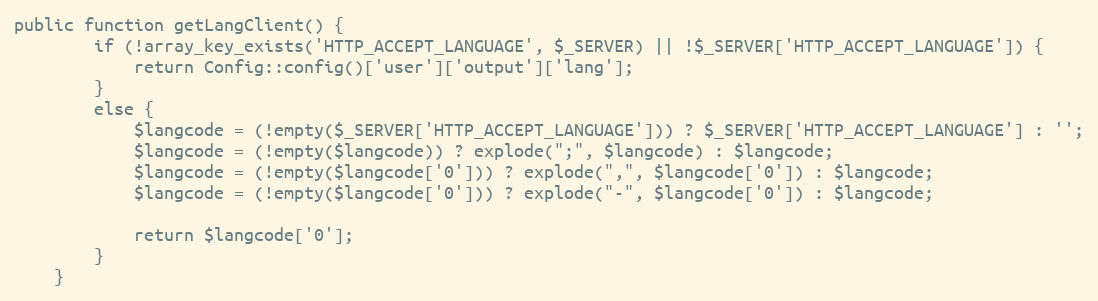
Language: PHP
public function getLangClient() {
        if (!array_key_exists('HTTP_ACCEPT_LANGUAGE', $_SERVER) || !$_SERVER['HTTP_ACCEPT_LANGUAGE']) {
            return Config::config()['user']['output']['lang'];
        }
        else {
            $langcode = (!empty($_SERVER['HTTP_ACCEPT_LANGUAGE'])) ? $_SERVER['HTTP_ACCEPT_LANGUAGE'] : '';
            $langcode = (!empty($langcode)) ? explode(";", $langcode) : $langcode;
            $langcode = (!empty($langcode['0'])) ? explode(",", $langcode['0']) : $langcode;
            $langcode = (!empty($langcode['0'])) ? explode("-", $langcode['0']) : $langcode;

            return $langcode['0'];
        }
    }